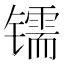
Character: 𰿂